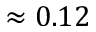
\approx 0 . 1 2